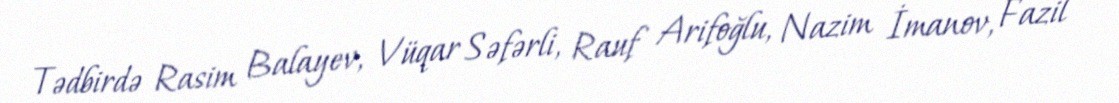
Tədbirdə Rasim Balayev, Vüqar Səfərli, Rauf Arifoğlu, Nazim İmanov, Fazil